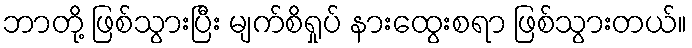
ဘာတို့ ဖြစ်သွားပြီး မျက်စိရှုပ် နားထွေးစရာ ဖြစ်သွားတယ်။